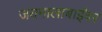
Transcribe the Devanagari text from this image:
जयमालाबाईंवर